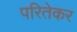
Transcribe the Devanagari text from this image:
परितेकर